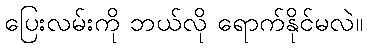
ပြေးလမ်းကို ဘယ်လို ရောက်နိုင်မလဲ။